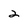
Character: 2